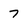
Character: 7